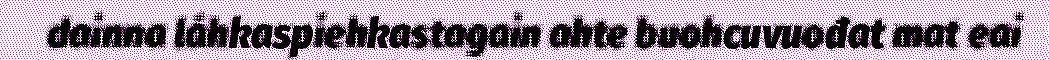
dainna láhkaspiehkastagain ahte buohcuvuođat mat eai